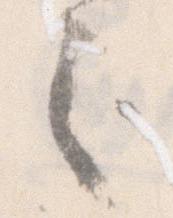
之